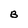
Character: B